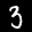
Label: 3